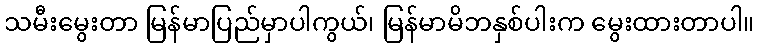
သမီးမွေးတာ မြန်မာပြည်မှာပါကွယ်၊ မြန်မာမိဘနှစ်ပါးက မွေးထားတာပါ။